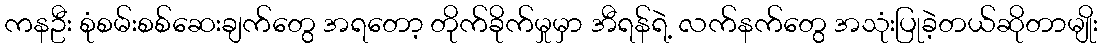
ကနဦး စုံစမ်းစစ်ဆေးချက်တွေ အရတော့ တိုက်ခိုက်မှုမှာ အီရန်ရဲ့ လက်နက်တွေ အသုံးပြုခဲ့တယ်ဆိုတာမျိုး